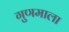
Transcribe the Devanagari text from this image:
गुणमाला